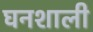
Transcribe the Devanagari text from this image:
घनशाली